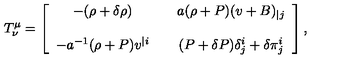
T _ { \nu } ^ { \mu } = \left[ \begin{array} { c c c } { - ( \rho + \delta \rho ) } & { } & { a ( \rho + P ) ( v + B ) _ { | j } } \\ { } & { } & { } \\ { - a ^ { - 1 } ( \rho + P ) v ^ { | i } } & { } & { ( P + \delta P ) \delta _ { j } ^ { i } + \delta \pi _ { j } ^ { i } } \\ \end{array} \right] ,